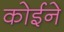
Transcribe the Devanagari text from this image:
कोईने